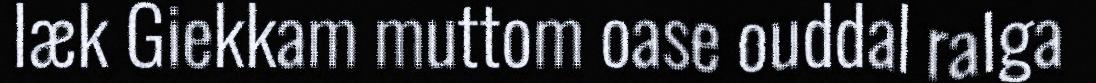
læk Giekkam muttom oase ouddal ralga